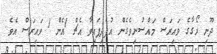
ދޫނި ރޯގާގެ ވައިރަސް މައްސުނިވެގެން އުފެދިފައިވާ އެޗް 1އެން 1 ވައިރަސް އެވެ.